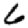
Digit: 6